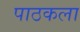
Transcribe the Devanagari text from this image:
पाठकला